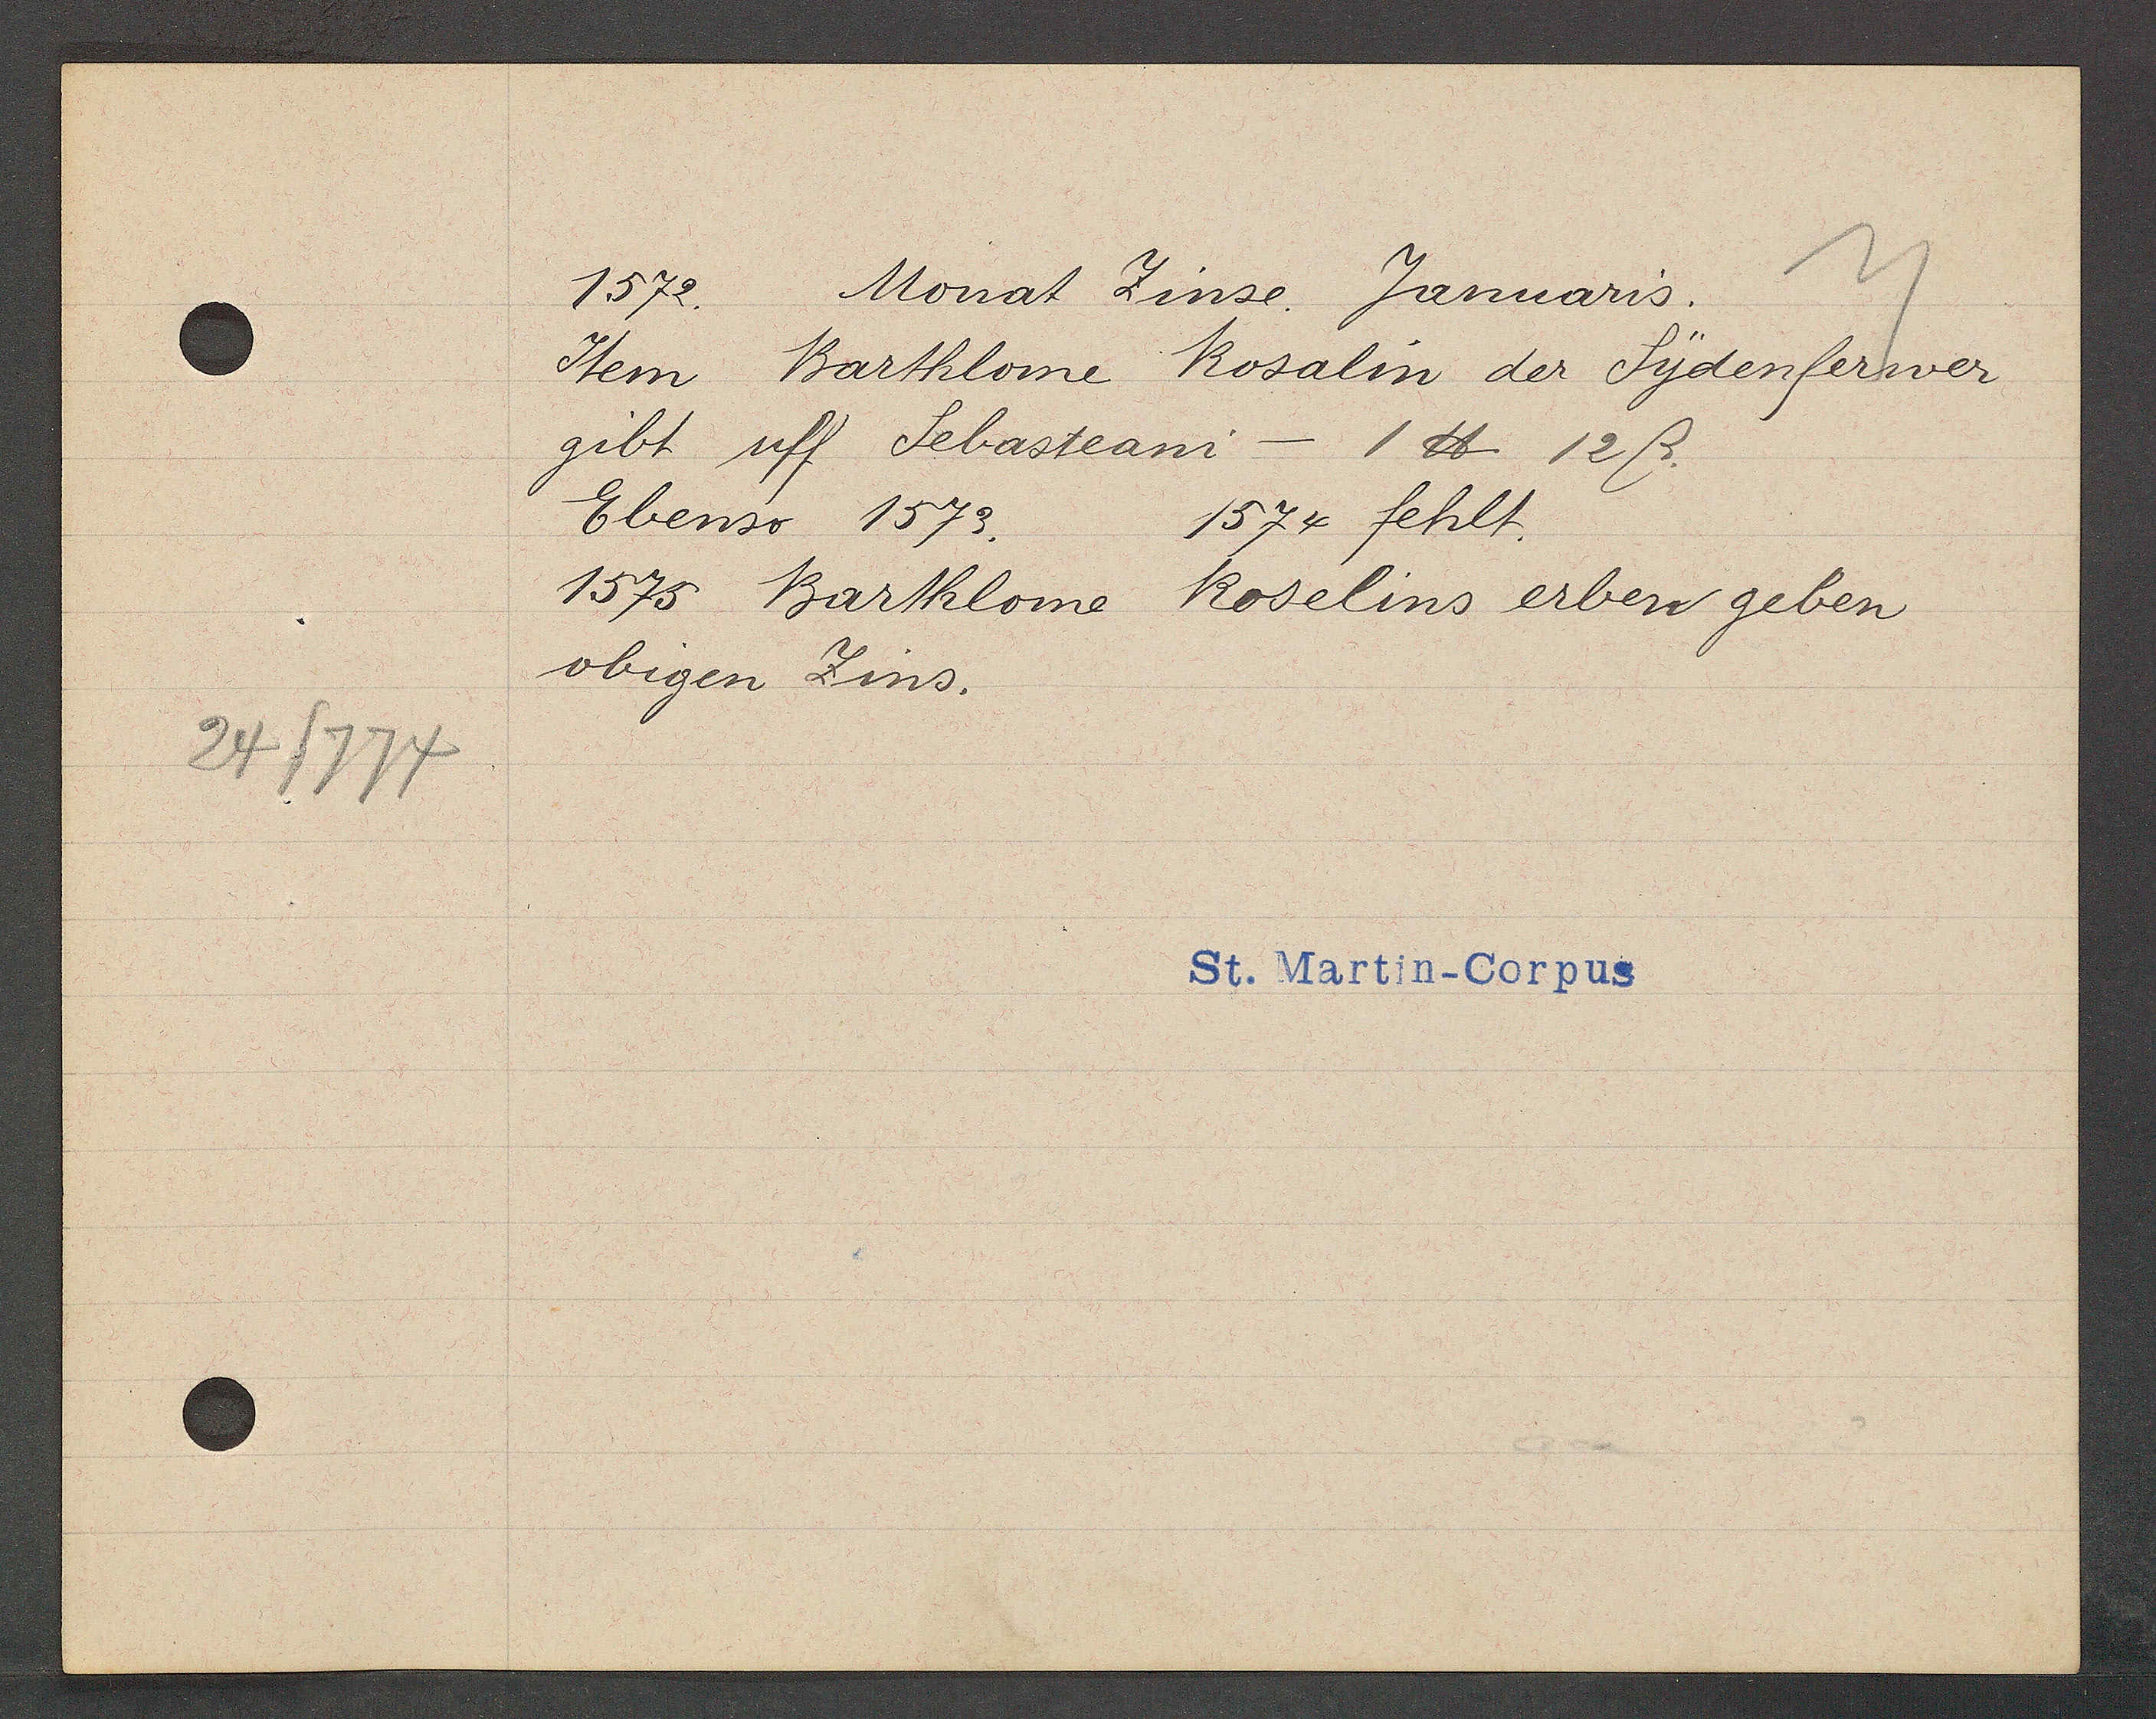
Transcript:
24/774

1572.
Monat
Zinse. Januaris.
Item Barthlome
Rosalin der Sydenferwer
gibt uff Sebasteani - 1 ℔. 12ß.
Ebenso 1573.
1574 fehlt.
1575 Barthlome.
Roselins erben geben
obigen Zins.

St. Martin-Corpus